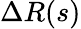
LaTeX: \Delta R(s)